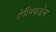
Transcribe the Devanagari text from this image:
वेलिकडेन